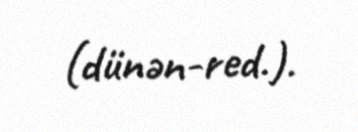
(dünən-red.).